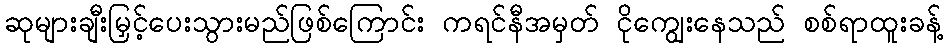
ဆုများချီးမြှင့်ပေးသွားမည်ဖြစ်ကြောင်း ကရင်နီအမှတ် ငိုကျွေးနေသည် စစ်ရာထူးခန့်